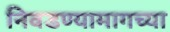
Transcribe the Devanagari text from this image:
निवडण्यामागच्या